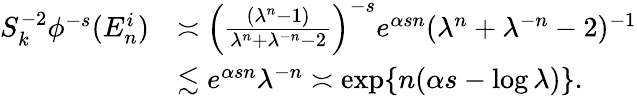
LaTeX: \begin{array}{rl}{S_{k}^{-2}\phi^{-s}(E_{n}^{i})}&{\asymp\Bigl(\frac{(\lambda^{n}-1)}{\lambda^{n}+\lambda^{-n}-2}\Bigr)^{-s}e^{\alpha sn}(\lambda^{n}+\lambda^{-n}-2)^{-1}}\\ &{\lesssim e^{\alpha sn}\lambda^{-n}\asymp\exp\{ n(\alpha s-\log\lambda)\} .}\end{array}